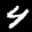
Label: 4